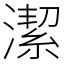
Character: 潔